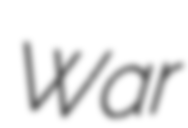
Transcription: War